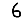
Digit: 6